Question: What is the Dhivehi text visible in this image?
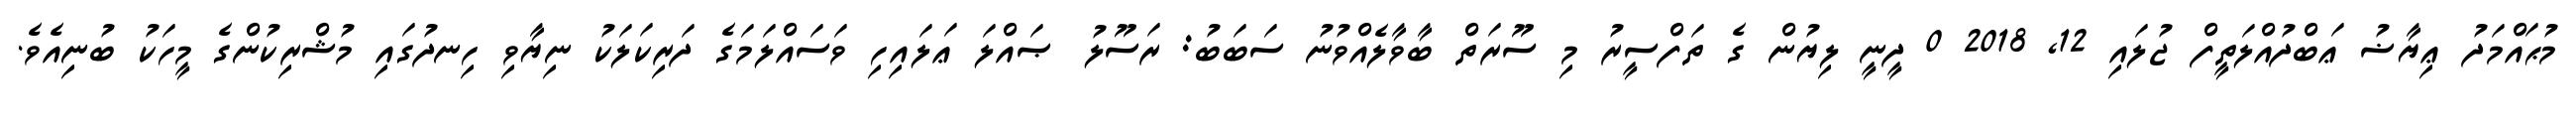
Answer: މުޙައްމަދު ޢިޔާޟު ޢަބްދުއްލަތީފް ޖުލައި 12, 2018 0 ދީނީ ލިޔުން ގެ ތަފްސީރު މި ސޫރަތް ބާވާލެއްވުނު ސަބަބު: ރަސޫލު ޞައްލަ ޢަލައިހި ވަސައްލަމަގެ ދަރިކަލަކު ނިޔާވި ހިނދުގައި މުޝްރިކުންގެ މީހަކު ބުނިއެވެ.